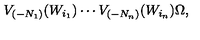
V _ { ( - N _ { 1 } ) } ( W _ { i _ { 1 } } ) \cdots V _ { ( - N _ { n } ) } ( W _ { i _ { n } } ) \Omega ,